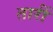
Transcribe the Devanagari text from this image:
तारीं